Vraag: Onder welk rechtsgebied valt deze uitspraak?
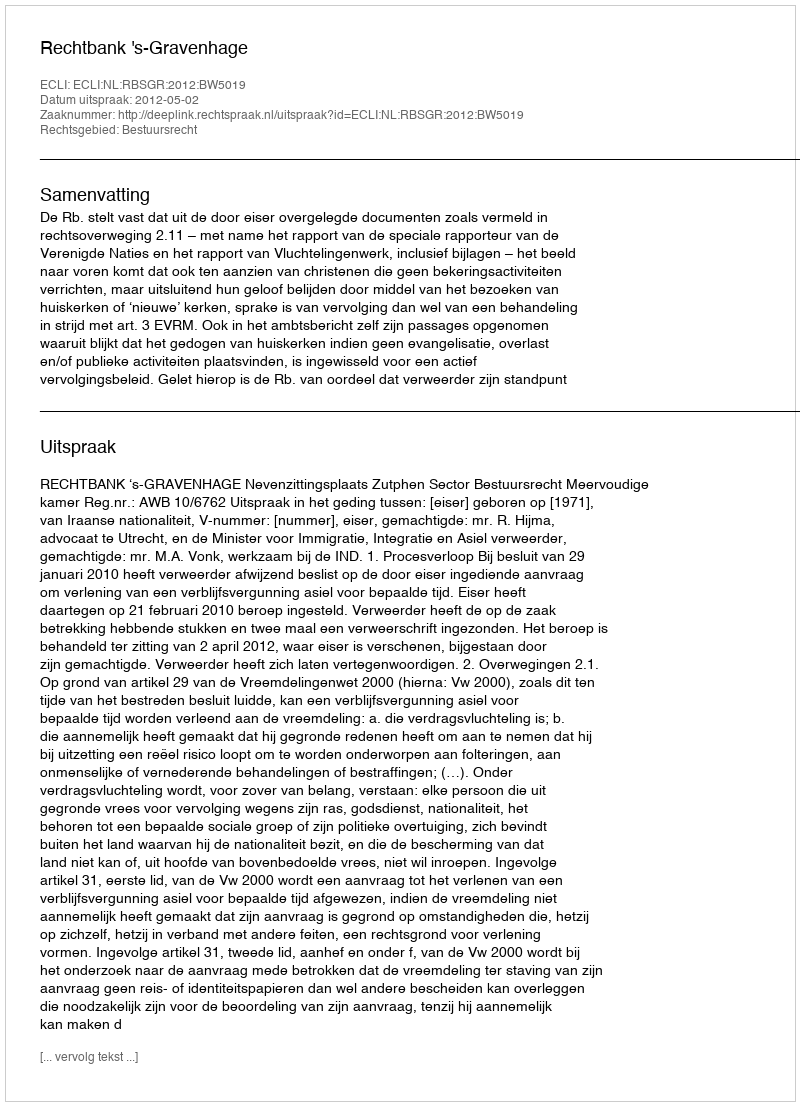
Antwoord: Bestuursrecht